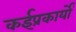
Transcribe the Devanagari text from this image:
कईप्रकार्यों